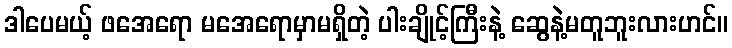
ဒါပေမယ့် ဖအေရော မအေရောမှာမရှိတဲ့ ပါးချိုင့်ကြီးနဲ့ ဆွေနဲ့မတူဘူးလားဟင်။